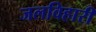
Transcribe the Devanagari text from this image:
जलविहारी